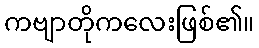
ကဗျာတိုကလေးဖြစ်၏။